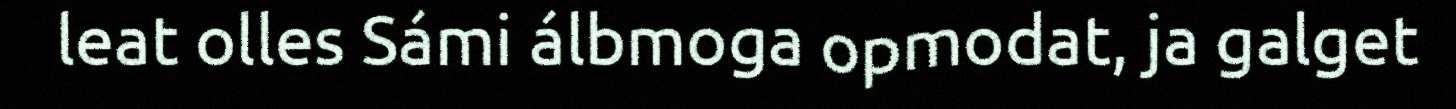
leat olles Sámi álbmoga opmodat, ja galget